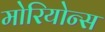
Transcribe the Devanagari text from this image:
मोरियोन्स